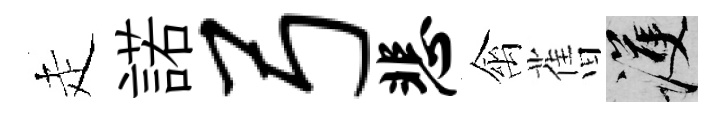
走諾弓悲禽𦾔護